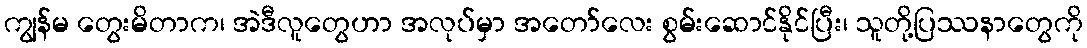
ကျွန်မ တွေးမိတာက၊ အဲဒီလူတွေဟာ အလုပ်မှာ အတော်လေး စွမ်းဆောင်နိုင်ပြီး၊ သူတို့ပြဿနာတွေကို